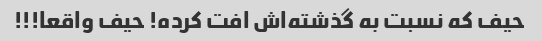
حیف که نسبت به گذشته‌اش افت کرده! حیف واقعا!!!